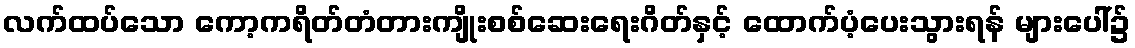
လက်ထပ်သော ကော့ကရိတ်တံတားကျိုးစစ်ဆေးရေးဂိတ်နှင့် ထောက်ပံ့ပေးသွားရန် များပေါ်၌